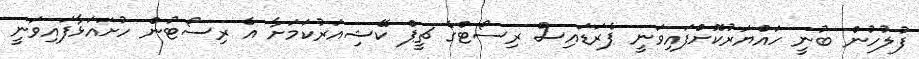
ފުލުހުން ބުނީ ހައްޔަރުކޮށްފައިވަނީ ޕެރަޑައިސް ރިސޯޓްގެ ޗީޕް ކޭޝިއަރުކަމަށާ އެ ރިސޯޓުން ހުށައަޅާފައިވަނީ